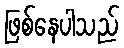
ဖြစ်နေပါသည်